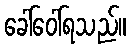
ခေါ်ဝေါ်ရသည်။